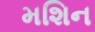
મશિન